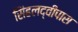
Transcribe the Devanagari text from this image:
सिंहलद्वीपास